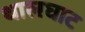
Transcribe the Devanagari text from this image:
थालघाट